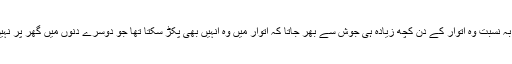
عام دنوں کی بہ نسبت وہ اتوار کے دن کچھ زیادہ ہی جوش سے بھر جاتا کہ اتوار میں وہ انہیں بھی پکڑ سکتا تھا جو دوسرے دنوں میں گھر پر نہیں ملتے تھے۔